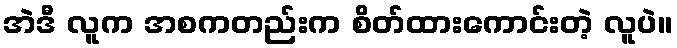
အဲဒီ လူက အစကတည်းက စိတ်ထားကောင်းတဲ့ လူပဲ။